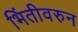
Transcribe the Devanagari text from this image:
भिंतीवरुन